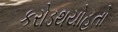
કરોડથયોહતો